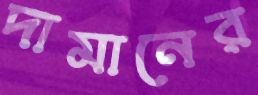
দামানের